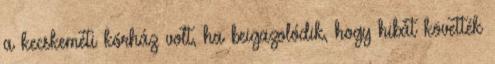
a kecskeméti kórház volt, ha beigazolódik, hogy hibát követték